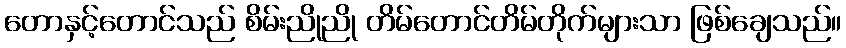
တောနှင့်တောင်သည် စိမ်းညိုညို တိမ်တောင်တိမ်တိုက်များသာ ဖြစ်ချေသည်။